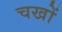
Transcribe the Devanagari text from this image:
चखों